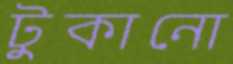
টুকানো